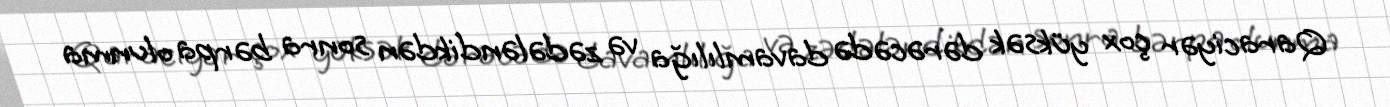
Qaraciyər çox yüksək dərəcədə davamlılığa və zədələndikdən sonra bərpa olunma